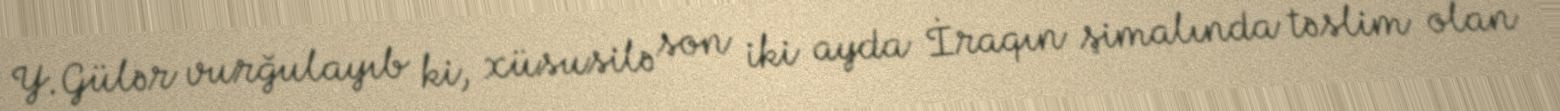
Y.Gülər vurğulayıb ki, xüsusilə son iki ayda İraqın şimalında təslim olan